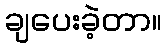
ချပေးခဲ့တာ။